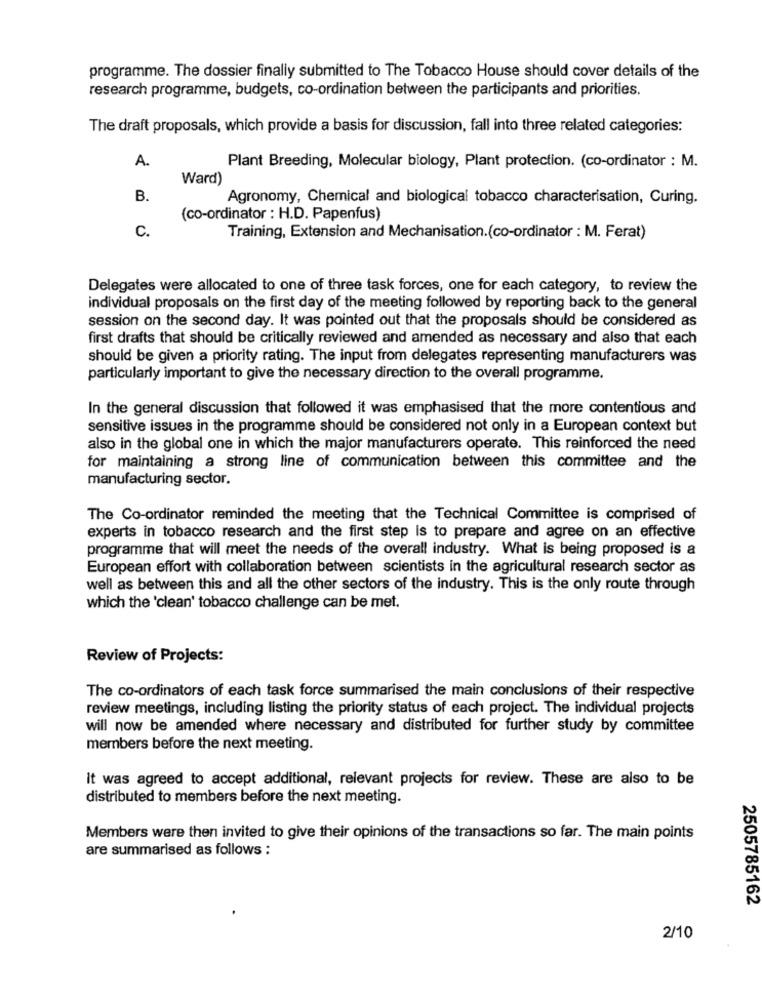
programme. The dossier finally submitted to The Tobacco House should cover details of the
research programme, budgets, co-ordination between the participants and priorities.
The draft proposals, which provide a basis for discussion, fall into three related categories:
A.
Plant Breeding, Molecular biology, Plant protection. (co-ordinator : M.
Ward)
B.
Agronomy, Chemical and biological tobacco characterisation, Curing.
(co-ordinator : H.D. Papenfus)
C.
Training, Extension and Mechanisation.(co-ordinator : M. Ferat)
Delegates were allocated to one of three task forces, one for each category, to review the
individual proposals on the first day of the meeting followed by reporting back to the general
session on the second day. It was pointed out that the proposals should be considered as
first drafts that should be critically reviewed and amended as necessary and also that each
should be given a priority rating. The input from delegates representing manufacturers was
particularly important to give the necessary direction to the overall programme.
In the general discussion that followed it was emphasised that the more contentious and
sensitive issues in the programme should be considered not only in a European context but
also in the global one in which the major manufacturers operate. This reinforced the need
for maintaining a strong line of communication between this committee and the
manufacturing sector.
The Co-ordinator reminded the meeting that the Technical Committee is comprised of
experts in tobacco research and the first step is to prepare and agree on an effective
programme that will meet the needs of the overall industry. What is being proposed is a
European effort with collaboration between scientists in the agricultural research sector as
well as between this and all the other sectors of the industry. This is the only route through
which the 'clean' tobacco challenge can be met.
Review of Projects:
The co-ordinators of each task force summarised the main conclusions of their respective
review meetings, including listing the priority status of each project. The individual projects
will now be amended where necessary and distributed for further study by committee
members before the next meeting.
it was agreed to accept additional, relevant projects for review. These are also to be
distributed to members before the next meeting.
Members were then invited to give their opinions of the transactions so far. The main points
are summarised as follows :
2505785162
2/10